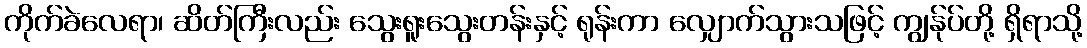
ကိုက်ခဲလေရာ၊ ဆိတ်ကြီးလည်း သွေးရူးသွေးတန်းနှင့် ရုန်းကာ လျှောက်သွားသဖြင့် ကျွန်ုပ်တို့ ရှိရာသို့